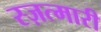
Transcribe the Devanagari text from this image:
स्ज़त्मारी